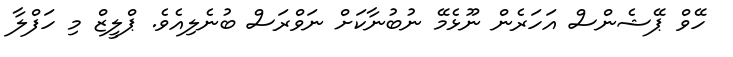
ހޭވް ޕޭޝެންސް އަހަރެން ނޫޅެމޭ ނުބުނާކަށް ނަވްރަސް ބުނެލިއެވެ. ޕްލީޒް މި ހަފްލާ